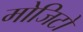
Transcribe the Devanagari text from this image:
मोजिटो